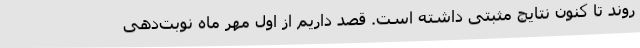
روند تا کنون نتایج مثبتی داشته است. قصد داریم از اول مهر ماه نوبت‌دهی